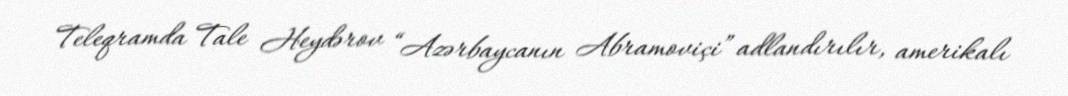
Teleqramda Tale Heydərov “Azərbaycanın Abramoviçi” adlandırılır, amerikalı